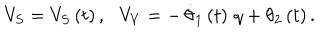
LaTeX: V _ { S } = V _ { S } \left( t \right) , \, \, \, \, V _ { V } = - \, \dot { \theta } _ { 1 } \left( t \right) \, q + \theta _ { 2 } \left( t \right) .